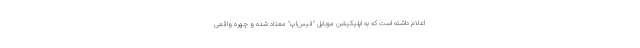
اعلام داشته است که به اپلیکیشن موبایل "فیس‌اپ" معتاد شده و چهره واقعی